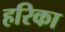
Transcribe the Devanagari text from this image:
हरिका